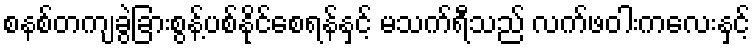
စနစ်တကျခွဲခြားစွန့်ပစ်နိုင်စေရန်နှင့် မသက်ရီသည် လက်ဖဝါးကလေးနှင့်